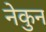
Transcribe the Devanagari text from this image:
नेकुन